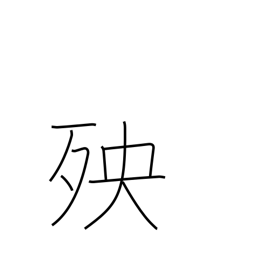
Meaning: calamity